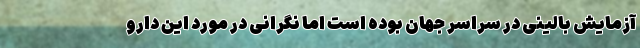
آزمایش بالینی در سراسر جهان بوده است اما نگرانی در مورد این دارو